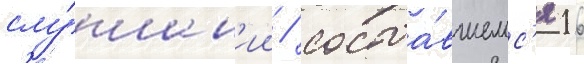
слу́шан'ии / состоа́вшемс'я 16